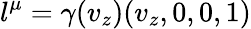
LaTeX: l^{\mu}=\gamma(v_{z})(v_{z},0,0,1)